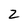
Character: 2